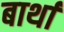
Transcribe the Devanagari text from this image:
बार्था